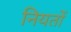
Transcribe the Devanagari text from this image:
नियतों